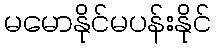
မမောနိုင်မပန်းနိုင်